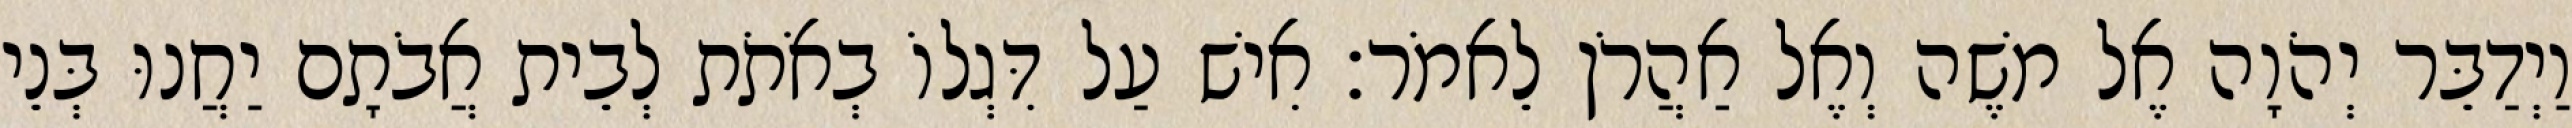
וַיְדַבֵּר יְהֹוָה אֶל משֶׁה וְאֶל אַהֲרֹן לֵאמֹר׃ אִישׁ עַל דִּגְלוֹ בְאֹתֹת לְבֵית אֲבֹתָם יַחֲנוּ בְּנֵי